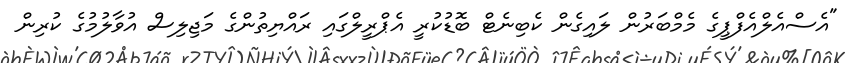
"އެސްއެލްއެފްޕީގެ މެމްބަރުން ލައިގެން ކެބިނެޓް ބޮޑުކުރީ އެޕްރީލްގައި ރައްޔިތުންގެ މަޖިލިސް އުވާލުމުގެ ކުރިން